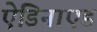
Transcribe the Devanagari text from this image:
ऐडिनाएड